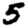
Digit: 5